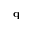
\textbf { q }